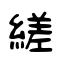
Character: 縒